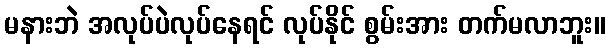
မနားဘဲ အလုပ်ပဲလုပ်နေရင် လုပ်နိုင် စွမ်းအား တက်မလာဘူး။